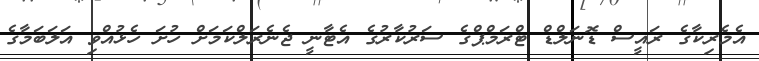
އެމެރިކާގެ ރައީސް ޑޮނަލްޑް ޓްރަމްޕްގެ ސަރުކާރުގެ އެޓާނީ ޖެނެރަލްކަމަށް ހުށަ ހެޅުއްވި އަލަބަމާގެ